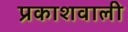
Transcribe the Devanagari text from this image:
प्रकाशवाली